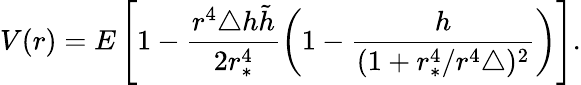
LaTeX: V(r)=E\left[1-\frac{r^{4}\triangle h\tilde{h}}{2r_{*}^{4}}\left(1-\frac{h}{(1+r_{*}^{4}/r^{4}\triangle)^{2}}\right)\right].